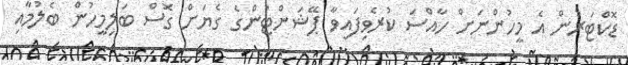
ޑޮކްޓަރުން އެ މީހުންނަށް ހާއްސަ ކުރެވިފައިވާ ޕޭޝަންޓުންގެ ގެޔަށް ގޮސް ބަލިމީހުން ބެލުމާއި